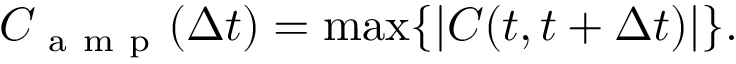
C _ { \mathrm { ~ a ~ m ~ p ~ } } ( \Delta t ) = \operatorname* { m a x } \{ | C ( t , t + \Delta t ) | \} .